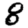
Digit: 8